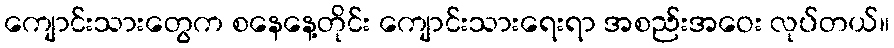
ကျောင်းသားတွေက စနေနေ့တိုင်း ကျောင်းသားရေးရာ အစည်းအဝေး လုပ်တယ်။